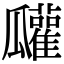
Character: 𤬠